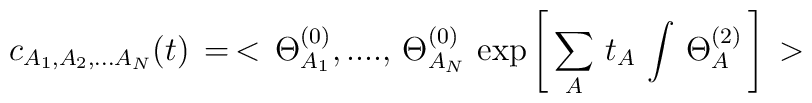
c_{A_1,A_2,...A_N}(t) \, = \, < \, \Theta^{(0)}_{A_1},....,\,\Theta^{(0)}_{A_N} \,\exp\left [\, \sum_A \, t_A \, \int \, \Theta^{(2)}_A \, \right ] \, >